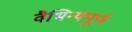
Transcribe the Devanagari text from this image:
वैभिन्यपूर्ण